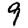
Digit: 9